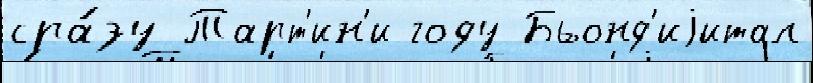
сра́зу Тарт'ин'и году Бьонд'иjитал